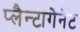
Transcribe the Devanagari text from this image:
प्लैन्टागेनेट